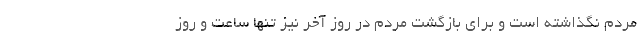
مردم نگذاشته است و برای بازگشت مردم در روز آخر نیز تنها ساعت و روز